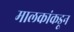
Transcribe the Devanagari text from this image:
मालकांकडून